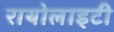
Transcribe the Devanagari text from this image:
रायोलाइटी